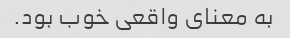
به معنای واقعی خوب بود.